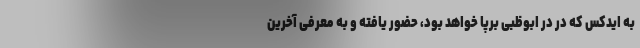
به ایدکس که در در ابوظبی برپا خواهد بود،‌ حضور یافته و به معرفی آخرین